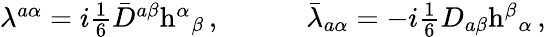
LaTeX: \begin{array}{cc}{{\lambda^{a\alpha}=i\textstyle{\frac{1}{6}}\bar{D}^{a\beta}\mathrm{h}^{\alpha}{}_{\beta}\, ,~~~~}}&{{~~~~\bar{\lambda}_{a\alpha}=-i\textstyle{\frac{1}{6}}D_{a\beta}\mathrm{h}^{\beta}{}_{\alpha}\, ,}}\end{array}